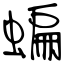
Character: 蝙